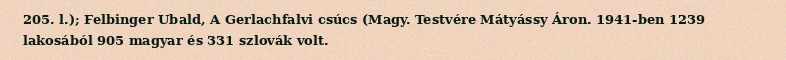
205. l.); Felbinger Ubald, A Gerlachfalvi csúcs (Magy. Testvére Mátyássy Áron. 1941-ben 1239 lakosából 905 magyar és 331 szlovák volt.